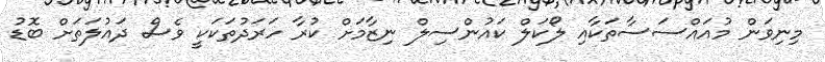
މިނިވަން މުއައްސަސާތަކާއި ލޯކަލް ކައުންސިލް ނިޒާމަށް ކުރާ ހަރަދުތަކަކީ ވެސް ދައުލަތަށް ބޮޑު